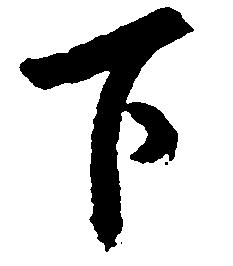
下